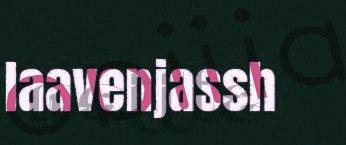
laavenjassh